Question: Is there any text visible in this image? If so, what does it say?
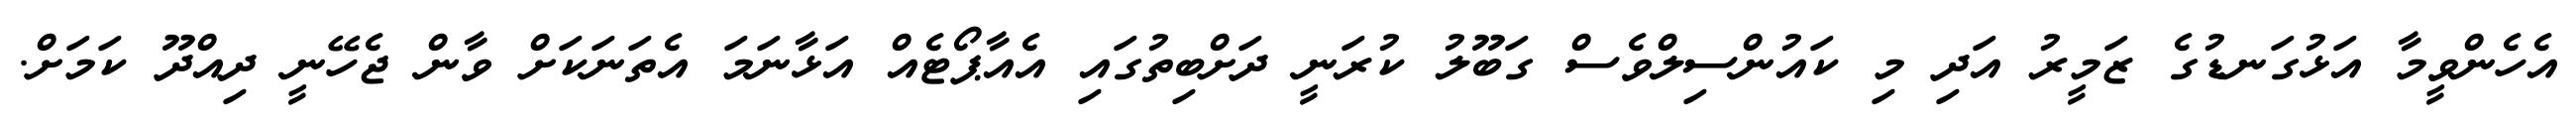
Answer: އެހެންވީމާ އަޅުގަނޑުގެ ޒަމީރު އަދި މި ކައުންސިލްވެސް ގަބޫލު ކުރަނީ ދަށްބިތުގައި އެއާޕޯޓެއް އަޅާނަމަ އެތަނަކަށް ވާން ޖެހޭނީ ދިއްދޫ ކަމަށް.